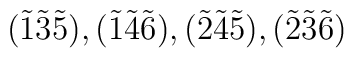
(\tilde{1}\tilde{3}\tilde{5}), (\tilde{1}\tilde{4}\tilde{6}), (\tilde{2}\tilde{4}\tilde{5}), (\tilde{2}\tilde{3}\tilde{6})